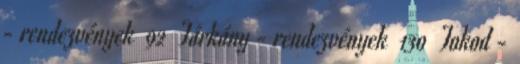
- rendezvények 92 Tárkány - rendezvények 130 Tokod -